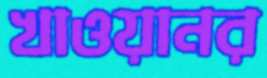
খাওয়ানর